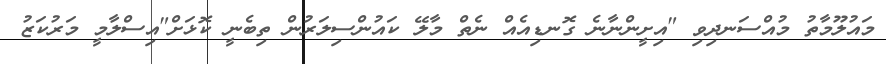
މައުލޫމާތު މުއްސަނދިވި "އިށީންނާނެ ގޮނޑިއެއް ނެތް މާލޭ ކައުންސިލަރުން ތިބެނީ ކޮޅަށް"އިސްލާމީ މަރުކަޒު